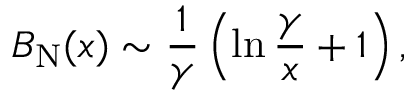
B _ { \mathrm { N } } ( x ) \sim { \frac { 1 } { \gamma } } \left( \ln { \frac { \gamma } { x } } + 1 \right) ,